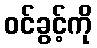
ဝင်ခွင့်ကို